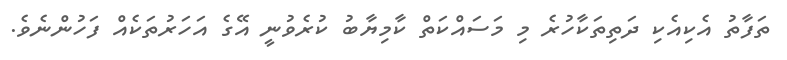
ތަފާތު އެކިއެކި ދަތިތަކާހުރެ މި މަސައްކަތް ކާމިޔާބު ކުރެވުނީ އޭގެ އަހަރުތަކެއް ފަހުންނެވެ.